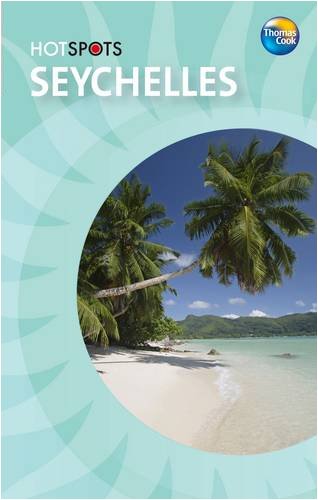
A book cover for Seychelles (HotSpots); Travel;